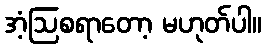
အံ့ဩစရာတော့ မဟုတ်ပါ။